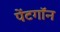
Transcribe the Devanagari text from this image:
पेंटगॉन